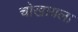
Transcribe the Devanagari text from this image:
चोखायला